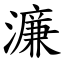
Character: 濂